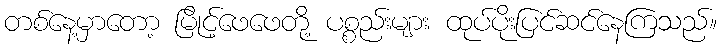
တစ်နေ့မှာတော့ မြိုင့်ဖေဖေတို့ ပစ္စည်းများ ထုပ်ပိုးပြင်ဆင်နေကြသည်။